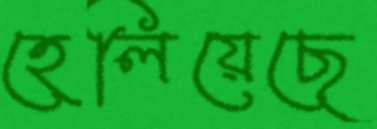
হেলিয়েছে